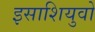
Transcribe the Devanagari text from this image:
इसाशियुवो